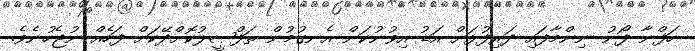
ހަފްނާ ފޯނު ނިންމާފައި ދަރިފުޅަށް އަޑު އިވުނުކަން އެނގުމުން ތަފްޞީލުކޮށްދޭކަށް ފަހެއް ނުޖެހުނެވެ.